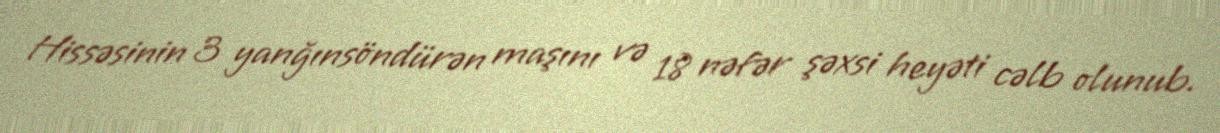
Hissəsinin 3 yanğınsöndürən maşını və 18 nəfər şəxsi heyəti cəlb olunub.